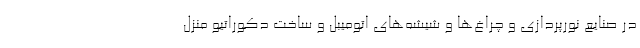
در صنایع نورپردازی و چراغ‌ها و شیشه‌های اتومیبل‌ و ساخت دکوراتیو منزل